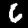
Label: 6